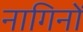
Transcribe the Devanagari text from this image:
नागिनों